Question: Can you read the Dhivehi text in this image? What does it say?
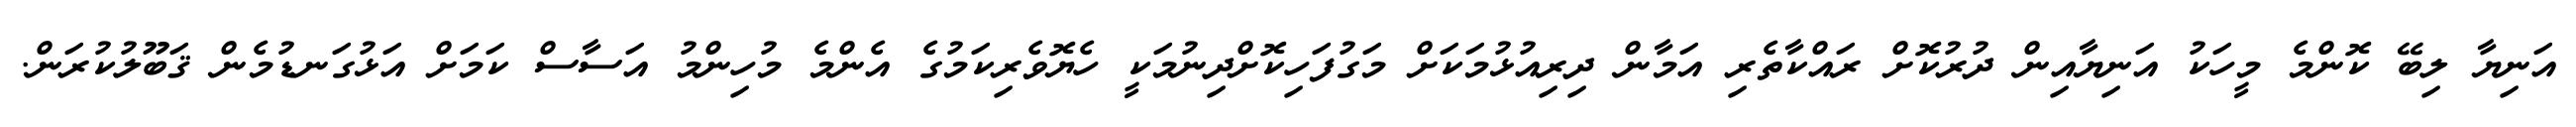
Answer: އަނިޔާ ލިބޭ ކޮންމެ މީހަކު އަނިޔާއިން ދުރުކޮށް ރައްކާތެރި އަމާން ދިރިއުޅުމަކަށް މަގުފަހިކޮށްދިނުމަކީ ހެޔޮވެރިކަމުގެ އެންމެ މުހިންމު އަސާސް ކަމަށް އަޅުގަނޑުމެން ޤަބޫލުކުރަން.